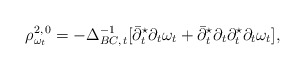
\begin{align*}\rho_{\omega_t} ^{2,\,0}= -\Delta_{BC,\,t}^{-1}[\bar\partial_t ^\star\partial_t \omega_t + \bar\partial_t ^\star\partial_t \partial_t ^\star\partial_t\omega_t],\end{align*}